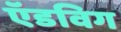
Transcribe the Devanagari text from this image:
ऍडविग